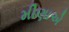
મીણાએ